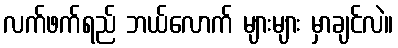
လက်ဖက်ရည် ဘယ်လောက် များများ မှာချင်လဲ။